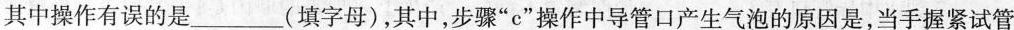
其中操作有误的是___(填字母)，其中，步骤”c”操作中导管口产生气泡的原因是，当手握紧试管